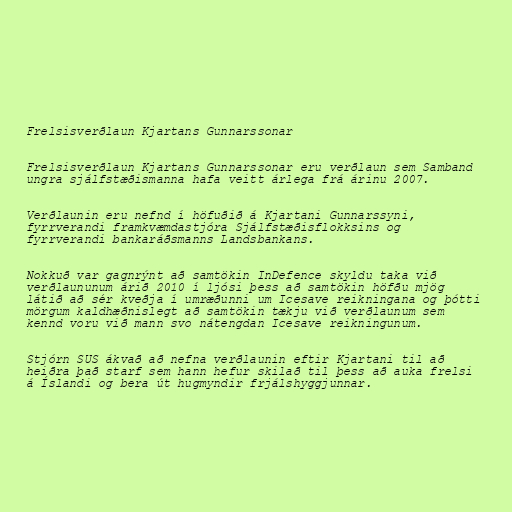
Frelsisverðlaun Kjartans Gunnarssonar

Frelsisverðlaun Kjartans Gunnarssonar eru verðlaun sem Samband
ungra sjálfstæðismanna hafa veitt árlega frá árinu 2007.

Verðlaunin eru nefnd í höfuðið á Kjartani Gunnarssyni,
fyrrverandi framkvæmdastjóra Sjálfstæðisflokksins og
fyrrverandi bankaráðsmanns Landsbankans.

Nokkuð var gagnrýnt að samtökin InDefence skyldu taka við
verðlaununum árið 2010 í ljósi þess að samtökin höfðu mjög
látið að sér kveðja í umræðunni um Icesave reikningana og þótti
mörgum kaldhæðnislegt að samtökin tækju við verðlaunum sem
kennd voru við mann svo nátengdan Icesave reikningunum.

Stjórn SUS ákvað að nefna verðlaunin eftir Kjartani til að
heiðra það starf sem hann hefur skilað til þess að auka frelsi
á Íslandi og bera út hugmyndir frjálshyggjunnar.